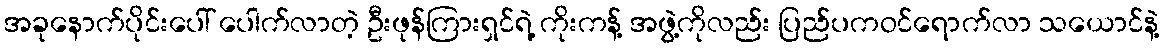
အခုနောက်ပိုင်းပေါ် ပေါက်လာတဲ့ ဦးဖုန်ကြားရှင်ရဲ့ ကိုးကန့် အဖွဲ့ကိုလည်း ပြည်ပကဝင်ရောက်လာ သယောင်နဲ့